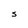
Character: S